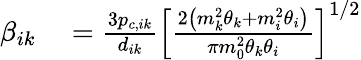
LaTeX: \begin{array}{rl}{\beta_{ik}}&{{}=\frac{3p_{c,ik}}{d_{ik}}\left[\frac{2\left(m_{k}^{2}\theta_{k}+m_{i}^{2}\theta_{i}\right)}{\pi m_{0}^{2}\theta_{k}\theta_{i}}\right]^{1/2}}\end{array}